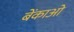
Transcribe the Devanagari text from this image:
बेंकाओ